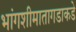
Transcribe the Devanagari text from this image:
भांगशीमातागडाकडे